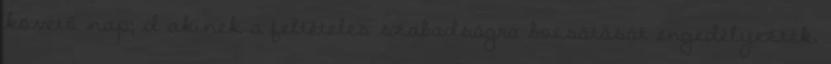
követő nap; d akinek a feltételes szabadságra bocsátását engedélyezték,